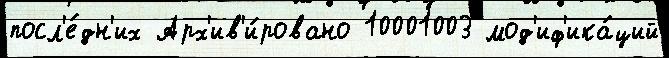
посл'е́дн'их Арх'ив'и́ровано 10001003 мод'иф'ика́ций